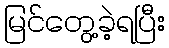
မြင်တွေ့ခဲ့ရပြီး